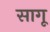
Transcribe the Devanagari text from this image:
सागू